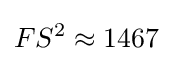
FS^{2}\approx 1467